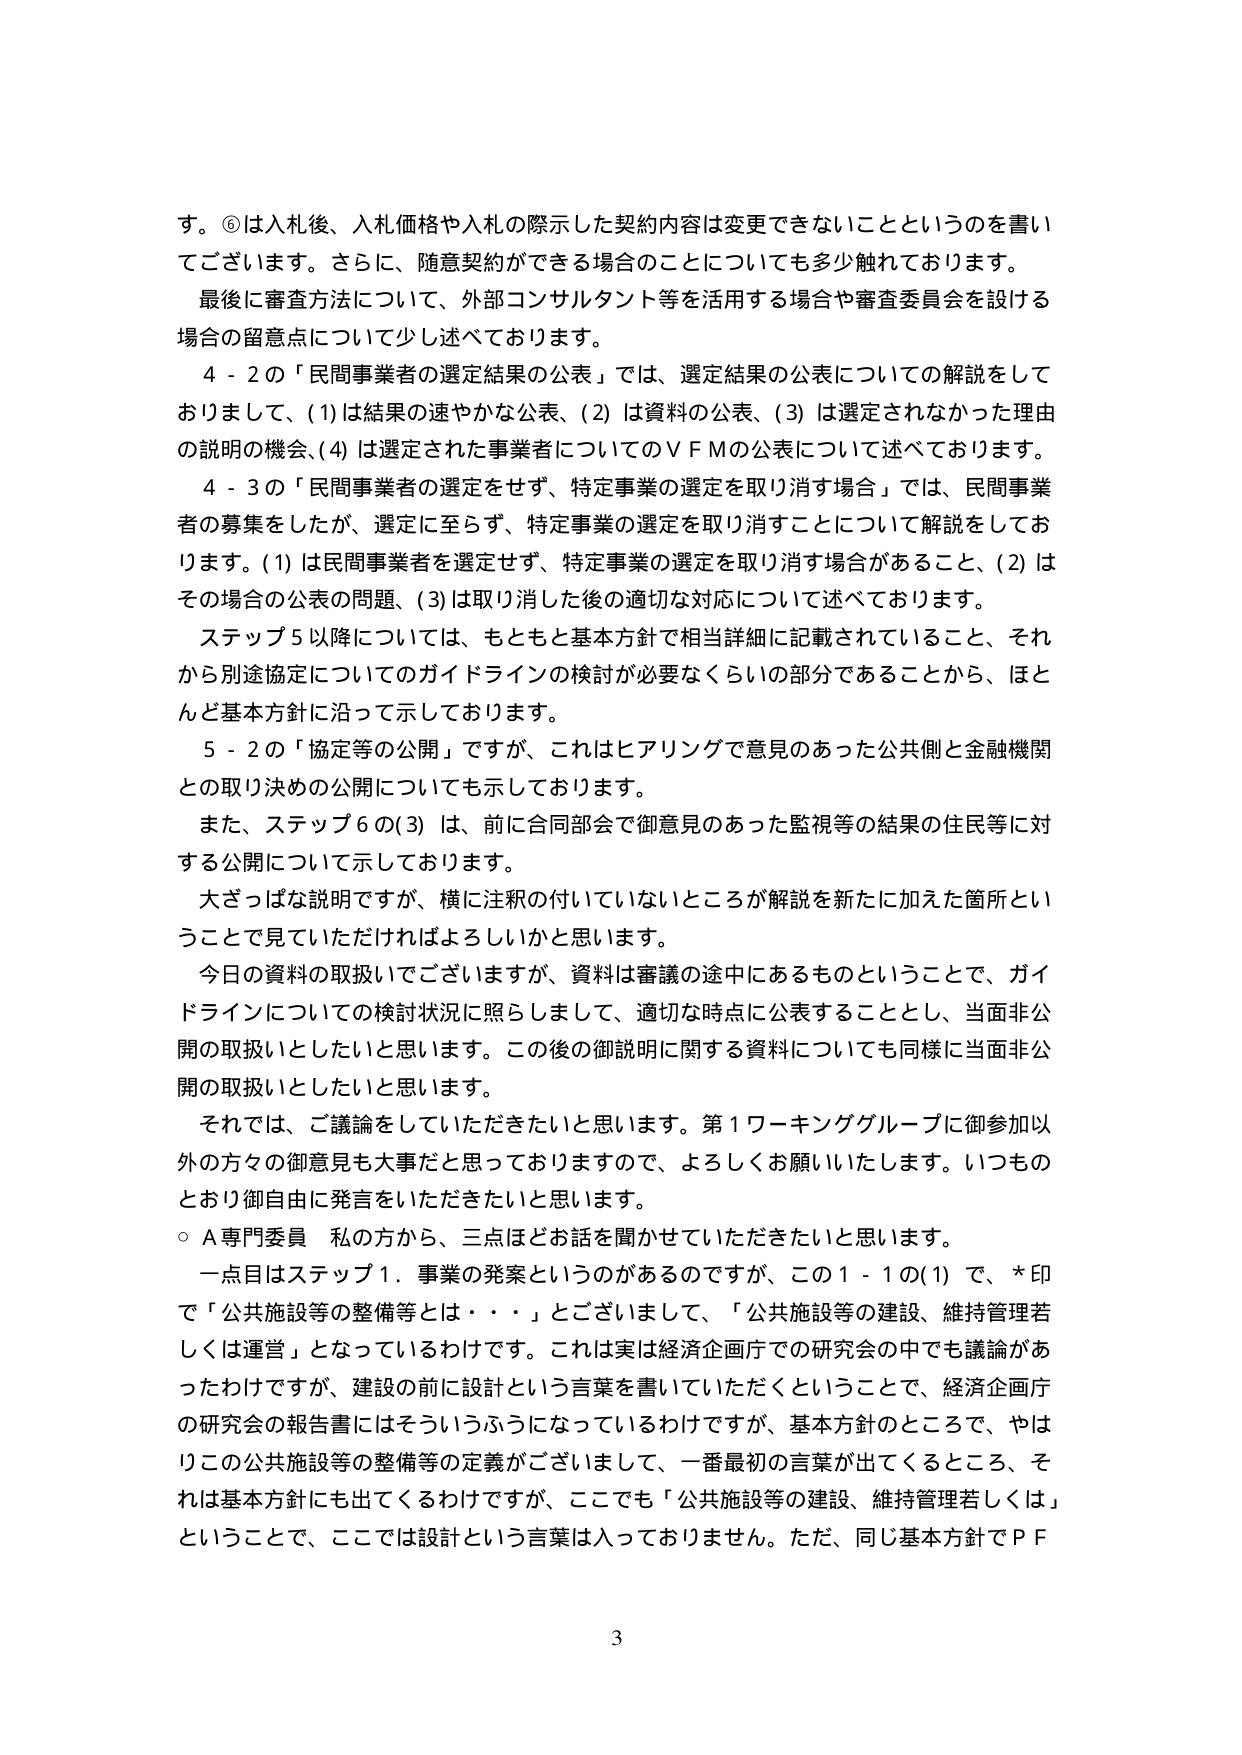
す。⑥は入札後、入札価格や入札の際示した契約内容は変更できないことというのを書いてございます。さらに、随意契約ができる場合のことについても多少触れております。

最後に審査方法について、外部コンサルタント等を活用する場合や審査委員会を設ける場合の留意点について少し述べております。

４－２の「民間事業者の選定結果の公表」では、選定結果の公表についての解説をしておりまして、(1)は結果の速やかな公表、(2)は資料の公表、(3)は選定されなかった理由の説明の機会、(4)は選定された事業者についてのＶＦＭの公表について述べております。

４－３の「民間事業者の選定をせず、特定事業の選定を取り消す場合」では、民間事業者の募集をしたが、選定に至らず、特定事業の選定を取り消すことについて解説をしております。(1)は民間事業者を選定せず、特定事業の選定を取り消す場合があること、(2)はその場合の公表の問題、(3)は取り消した後の適切な対応について述べております。

ステップ５以降については、もともと基本方針で相当詳細に記載されていること、それから別途協定についてのガイドラインの検討が必要なくらいの部分であることから、ほとんど基本方針に沿って示しております。

５－２の「協定等の公開」ですが、これはヒアリングで意見のあった公共側と金融機関との取り決めの公開についても示しております。

また、ステップ６の(3)は、前に合同部会で御意見のあった監視等の結果の住民等に対する公開について示しております。

大ざっぱな説明ですが、横に注釈の付いていないところが解説を新たに加えた箇所ということで見ていただければよろしいかと思います。

今日の資料の取扱いでございますが、資料は審議の途中にあるものということで、ガイドラインについての検討状況に照らしまして、適切な時点に公表することとし、当面非公開の取扱いとしたいと思います。この後の御説明に関する資料についても同様に当面非公開の取扱いとしたいと思います。

それでは、ご議論をしていただきたいと思います。第１ワーキンググループに御参加以外の方々の御意見も大事だと思っておりますので、よろしくお願いいたします。いつものとおり御自由に発言をいただきたいと思います。

○Ａ専門委員 私の方から、三点ほどお話を聞かせていただきたいと思います。

一点目はステップ１．事業の発案というのがあるのですが、この１－１の(1)で、*印で「公共施設等の整備等とは・・・」とございまして、「公共施設等の建設、維持管理若しくは運営」となっているわけです。これは実は経済企画庁での研究会の中でも議論があったわけですが、建設の前に設計という言葉を書いていただくということで、経済企画庁の研究会の報告書にはそういうふうになっているわけですが、基本方針のところで、やはりこの公共施設等の整備等の定義がございまして、一番最初の言葉が出てくるところ、それは基本方針にも出てくるわけですが、ここでも「公共施設等の建設、維持管理若しくは」ということで、ここでは設計という言葉は入っておりません。ただ、同じ基本方針でＰＦ

3